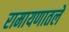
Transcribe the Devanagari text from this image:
रामायणातले